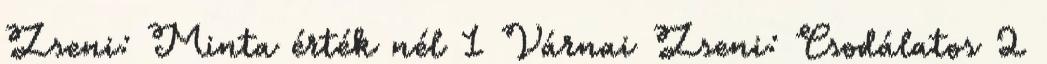
Zseni: Minta érték nél 1 Várnai Zseni: Csodálatos 2